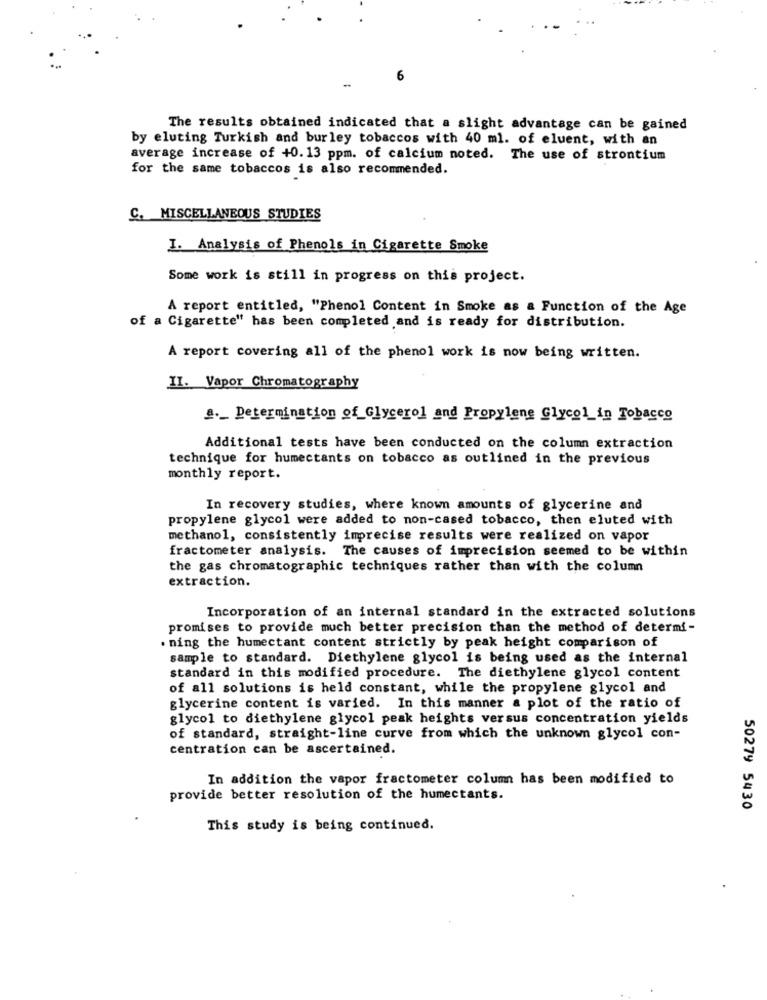
6
The results obtained indicated that a slight advantage can be gained
by eluting Turkish and burley tobaccos with 40 ml. of eluent, with an
average increase of +0.13 ppm. of calcium noted. The use of strontium
for the same tobaccos is also recommended.
C. MISCELLANEOUS STUDIES
I. Analysis of Phenols in Cigarette Smoke
Some work is still in progress on this project.
A report entitled, "Phenol Content in Smoke as a Function of the Age
of a Cigarette" has been completed and is ready for distribution.
A report covering all of the phenol work is now being written.
II. Vapor Chromatography
4 ._ Determination of_Glycerol and Propylene Glycol in Tobacco
Additional tests have been conducted on the column extraction
technique for humectants on tobacco as outlined in the previous
monthly report.
In recovery studies, where known amounts of glycerine and
propylene glycol were added to non-cased tobacco, then eluted with
methanol, consistently imprecise results were realized on vapor
fractometer analysis. The causes of imprecision seemed to be within
the gas chromatographic techniques rather than with the column
extraction.
Incorporation of an internal standard in the extracted solutions
promises to provide much better precision than the method of determi-
. ning the humectant content strictly by peak height comparison of
sample to standard. Diethylene glycol is being used as the internal
standard in this modified procedure. The diethylene glycol content
of all solutions is held constant, while the propylene glycol and
glycerine content is varied. In this manner a plot of the ratio of
glycol to diethylene glycol peak heights versus concentration yields
of standard, straight-line curve from which the unknown glycol con-
centration can be ascertained.
In addition the vapor fractometer column has been modified to
provide better resolution of the humectants.
50279 5430
This study is being continued.